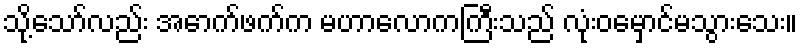
သို့သော်လည်း အောက်ဖက်က မဟာလောကကြီးသည် လုံးဝမှောင်မသွားသေး။